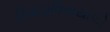
રિવાડાવિયયાએ